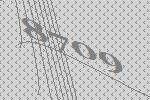
8709